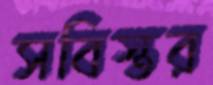
সবিস্তর